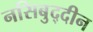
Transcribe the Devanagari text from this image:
नसिबुद्दीन